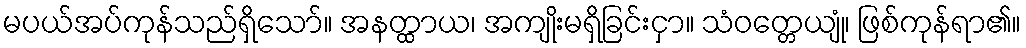
မပယ်အပ်ကုန်သည်ရှိသော်။ အနတ္ထာယ၊ အကျိုးမရှိခြင်းငှာ။ သံဝတ္တေယျုံ၊ ဖြစ်ကုန်ရာ၏။